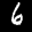
Label: 6